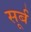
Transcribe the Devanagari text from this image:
सूर्ब